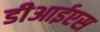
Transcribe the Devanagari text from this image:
डीआईएस